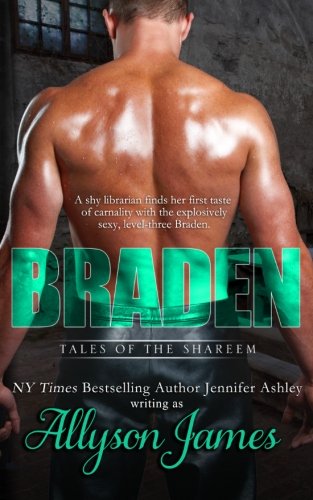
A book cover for Braden (Tales of the Shareem) (Volume 5); Allyson James; Romance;